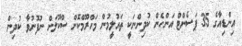
އިންޑިއާގެ 35 ޕަސެންޓް އަންހެން ކުދިންނަކީ ތައުލީމުން މަހްރޫމްކޮށް ސްކޫލަށް ނުފޮނުވާ ކުދިން